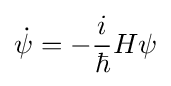
{\dot {\psi }}=-{\frac {i}{\hbar }}H\psi